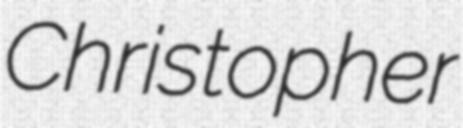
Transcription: Christopher